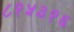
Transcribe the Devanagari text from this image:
८१५३१६